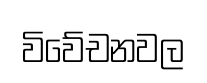
විවේචනවල